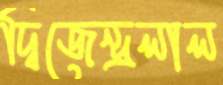
দ্বিজেন্দ্রলাল